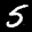
Label: 5